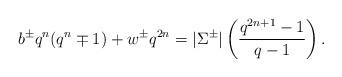
LaTeX: \begin{align*}b^\pm q^n(q^n\mp 1)+w^\pm q^{2n}=|\Sigma^\pm|\left(\frac{q^{2n+1}-1}{q-1}\right).\end{align*}